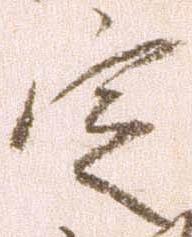
定